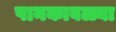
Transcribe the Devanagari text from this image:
पानकावळ्या